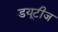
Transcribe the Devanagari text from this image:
डयूटीज